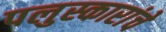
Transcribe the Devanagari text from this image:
पलुस्कारांचे